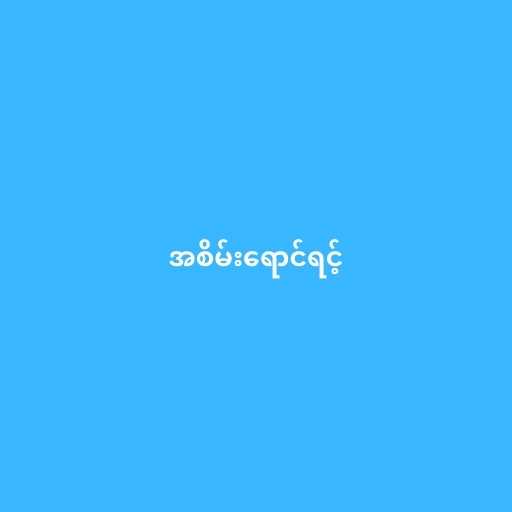
အစိမ်းရောင်ရင့်